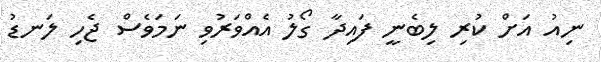
ނިއު އަށް ކުރި ލިބެނީ ފައިދާ ގޯލު އެއްވަރުވި ނަމަވެސް ޖެހި ލަނޑު